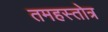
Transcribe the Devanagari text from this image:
तमहस्तोत्र